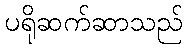
ပရိုဆက်ဆာသည်